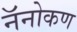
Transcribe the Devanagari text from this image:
नॅनोकण